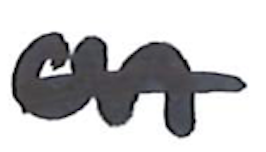
Text: on
Cross-out: single-line
Writing tool: marker